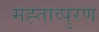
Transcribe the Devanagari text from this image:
मह्ताव्पुरण